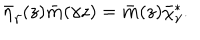
\bar { \eta } _ { \gamma } ( z ) { \bf \bar { m } } ( \gamma z ) = { \bf \bar { m } } ( z ) \bar { \chi } _ { \gamma } ^ { * } .